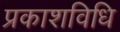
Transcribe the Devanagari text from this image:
प्रकाशविधि